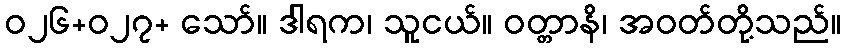
ဝ၂၆+ဝ၂၇+ သော်။ ဒါရက၊ သူငယ်။ ဝတ္တာနိ၊ အဝတ်တို့သည်။